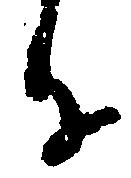
子